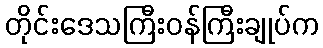
တိုင်းဒေသကြီးဝန်ကြီးချုပ်က